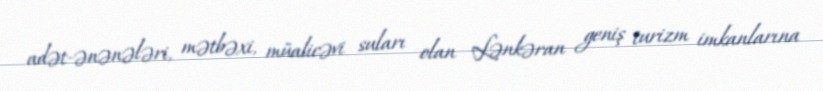
adət-ənənələri, mətbəxi, müalicəvi suları olan Lənkəran geniş turizm imkanlarına